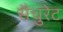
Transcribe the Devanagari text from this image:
सैचुरेट